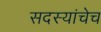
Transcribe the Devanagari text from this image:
सदस्यांचेच